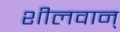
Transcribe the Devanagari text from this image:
शीलवान्